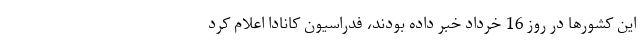
این کشورها در روز 16 خرداد خبر داده بودند، فدراسیون کانادا اعلام کرد